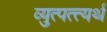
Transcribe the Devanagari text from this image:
व्युत्पत्त्यर्थ